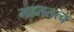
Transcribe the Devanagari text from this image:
महततत्व